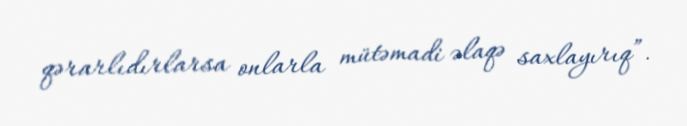
qərarlıdırlarsa onlarla mütəmadi əlaqə saxlayırıq”.